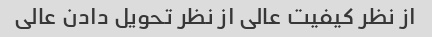
از نظر کیفیت عالی از نظر تحویل دادن عالی